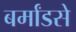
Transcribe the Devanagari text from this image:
बर्मांडसे